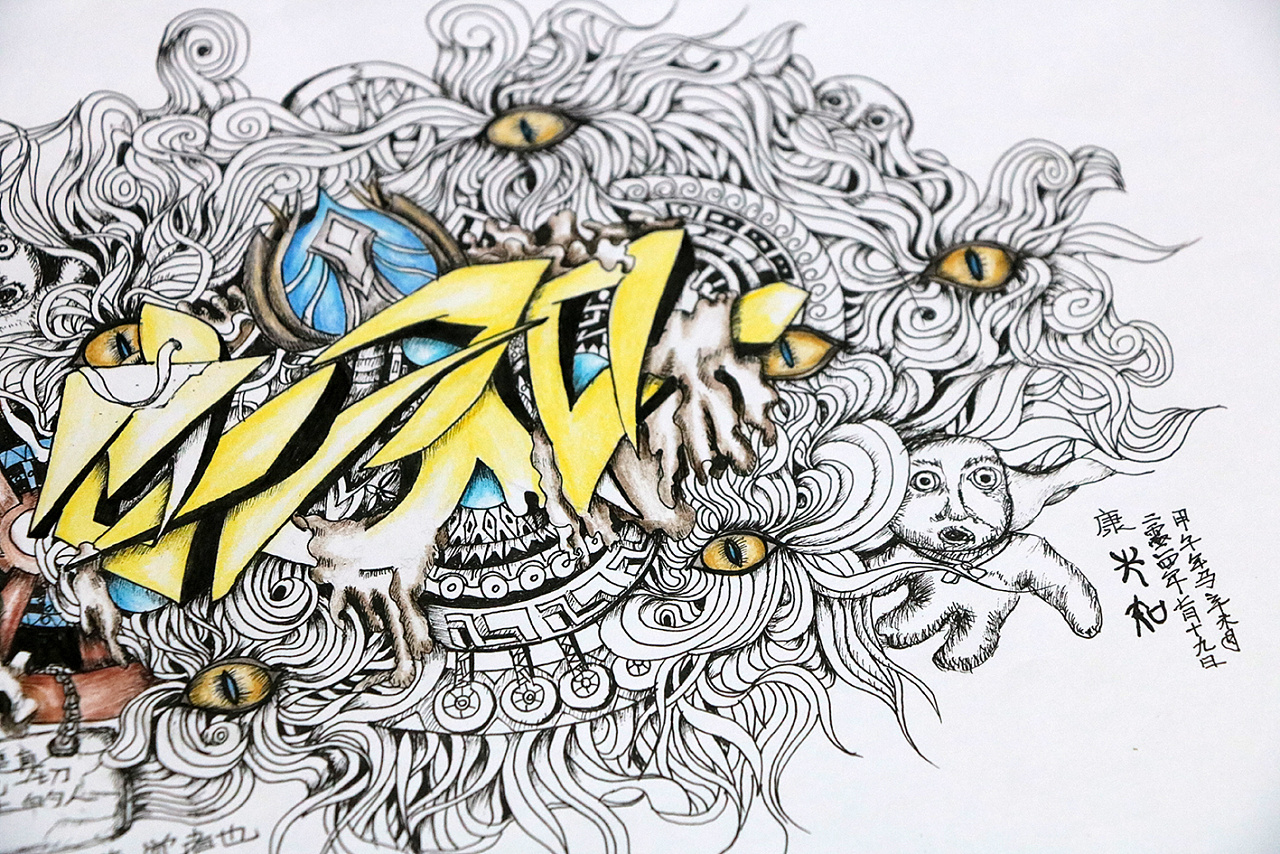
天之生此民也，使先知觉后知，使先觉觉后觉也。